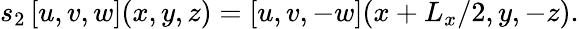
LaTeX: s_{2}\left[u,v,w\right](x,y,z)=\left[u,v,-w\right](x+L_{x}/2,y,-z).